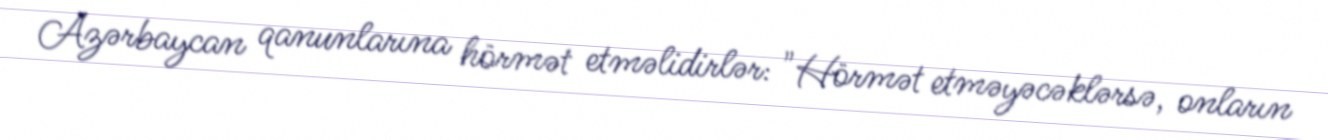
Azərbaycan qanunlarına hörmət etməlidirlər: "Hörmət etməyəcəklərsə, onların